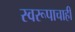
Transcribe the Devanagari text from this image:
स्वरूपाचाही